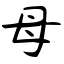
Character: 母